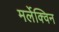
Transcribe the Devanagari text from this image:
मर्लेक्विन